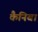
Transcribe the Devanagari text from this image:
कैनिबा